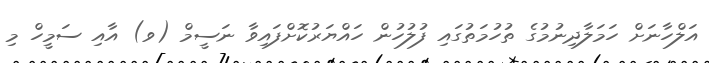
އަލްހާނަށް ހަމަލާދިނުމުގެ ތުހުމަތުގައި ފުލުހުން ހައްޔަރުކޮށްފައިވާ ނަސީމް (ވ) އާއި ސަމީހް މި